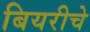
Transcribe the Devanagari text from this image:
बियरीचे